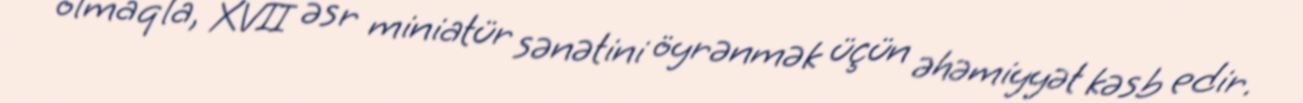
olmaqla, XVII əsr miniatür sənətini öyrənmək üçün əhəmiyyət kəsb edir.